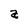
Character: a